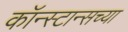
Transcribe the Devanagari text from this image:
कॉन्स्टान्सच्या